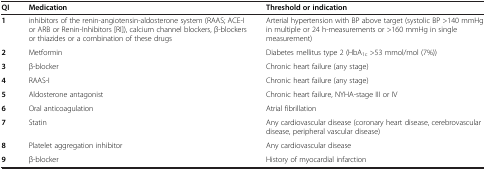
| QI | Medication | Threshold or indication |
 | --- | --- | --- |
 | 1 | inhibitors of the renin-angiotensin-aldosterone system (RAAS; ACE-I or ARB or Renin-Inhibitors [RI]), calcium channel blockers, β-blockers or thiazides or a combination of these drugs | Arterial hypertension with BP above target (systolic BP >140 mmHg in multiple or 24 h-measurements or >160 mmHg in single measurement) |
 | 2 | Metformin | Diabetes mellitus type 2 (HbA1c >53 mmol/mol (7%)) |
 | 3 | β-blocker | Chronic heart failure (any stage) |
 | 4 | RAAS-I | Chronic heart failure (any stage) |
 | 5 | Aldosterone antagonist | Chronic heart failure, NYHA-stage III or IV |
 | 6 | Oral anticoagulation | Atrial fibrillation |
 | 7 | Statin | Any cardiovascular disease (coronary heart disease, cerebrovascular disease, peripheral vascular disease) |
 | 8 | Platelet aggregation inhibitor | Any cardiovascular disease |
 | 9 | β-blocker | History of myocardial infarction |